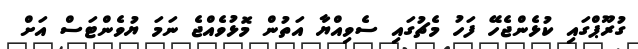
ގުރޫޕްގައި ކުޅެންޖެހޭ ފަހު މެޗުގައި ސެވިއްޔާ އަތުން މޮޅުވެއްޖެ ނަަމަ ޔުވެންޓަސް އަށް